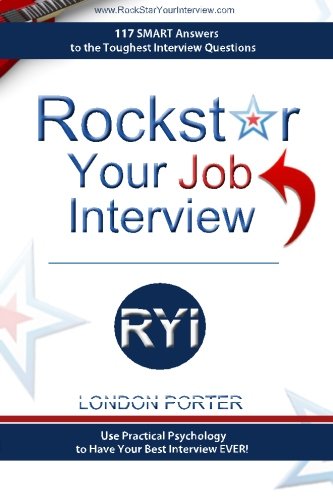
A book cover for Rockstar Your Job Interview: Answers to the Toughest Interview Questions Ever; London Porter; Business & Money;